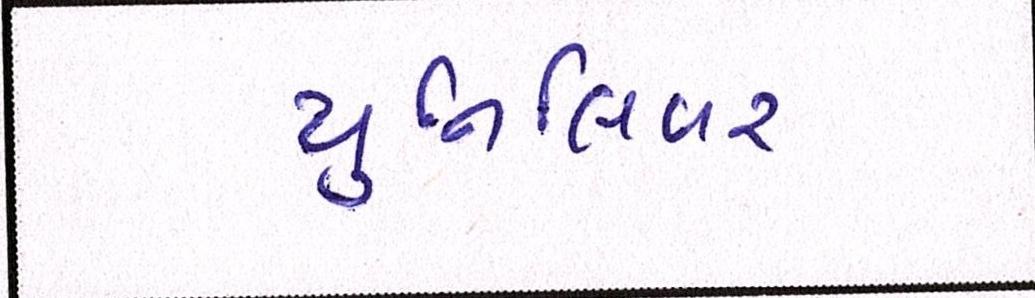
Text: યુનિલિવર